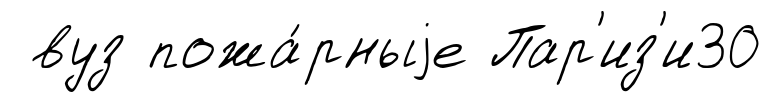
вуз пожа́рныjе Пар'из'и30